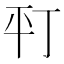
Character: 𢆊